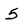
Character: 5